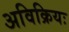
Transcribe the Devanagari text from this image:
अविक्रियः